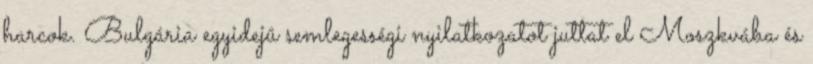
harcok. Bulgária egyidejû semlegességi nyilatkozatot juttat el Moszkvába és